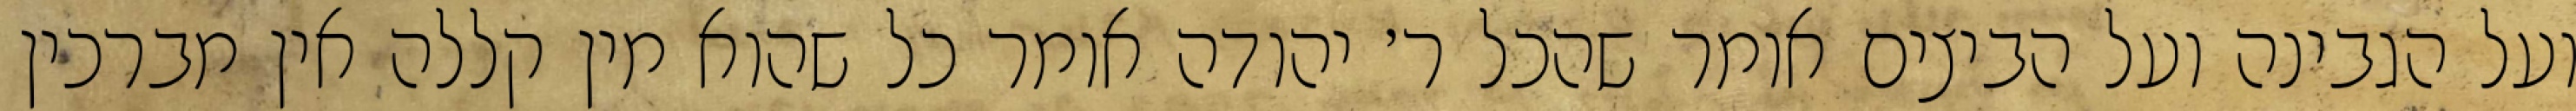
ועל הגבינה ועל הביצים אומר שהכל ר׳ יהודה אומר כל שהוא מין קללה אין מברכין